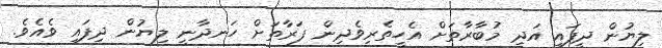
ލިޔުން ދީފައި އަދި މުބާރާތަށް އެހީތެރިވެދިން ފަރާތަށް ހަނދާނީ ލިޔުން ދިފައި ވެއެވެ.